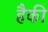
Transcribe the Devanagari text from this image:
हैकी